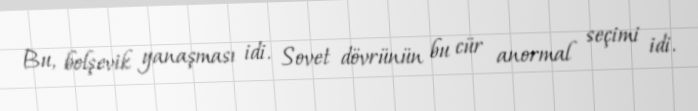
Bu, bolşevik yanaşması idi. Sovet dövrünün bu cür anormal seçimi idi.